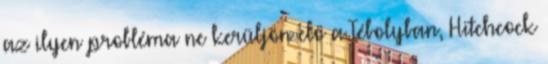
az ilyen probléma ne kerüljön elő a Tébolyban, Hitchcock